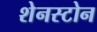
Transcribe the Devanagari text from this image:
शेनस्टोन